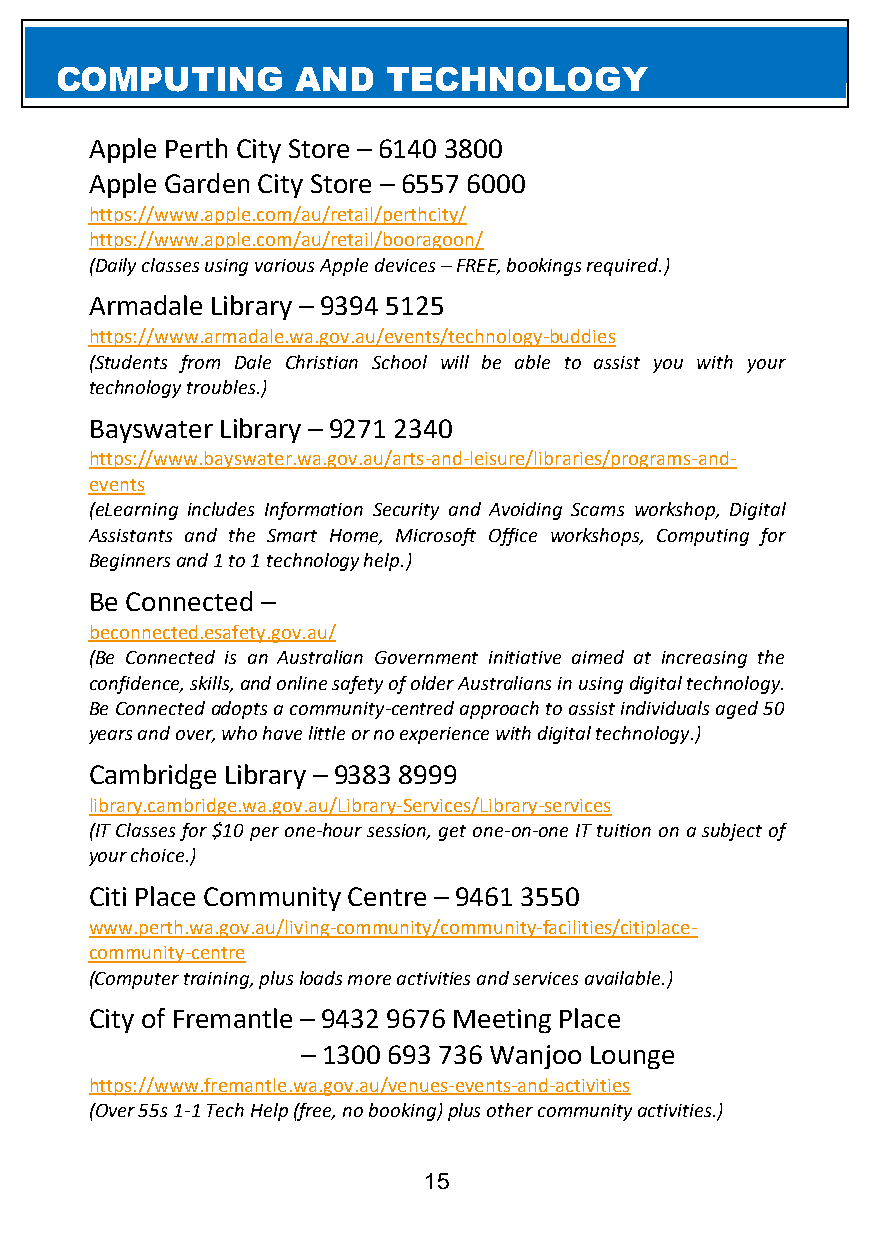
COMPUTING       AND   TECHNOLOGY
 OMApPplUe PTeIrNth GCit yA SNtoDre –T 6E14C0H 38N00O LOGY
 Apple Garden City Store – 6557 6000
 https://www.apple.com/au/retail/perthcity/
 https://www.apple.com/au/retail/booragoon/
 (Daily classes using various Apple devices – FREE, bookings required.)
 Armadale Library – 9394 5125
 https://www.armadale.wa.gov.au/events/technology-buddies
 (Students from Dale Christian School will be able to assist you with your
 technology troubles.)
 Bayswater Library – 9271 2340
 https://www.bayswater.wa.gov.au/arts-and-leisure/libraries/programs-and-
 events
 (eLearning includes Information Security and Avoiding Scams workshop, Digital
 Assistants and the Smart Home, Microsoft Office workshops, Computing for
 Beginners and 1 to 1 technology help.)
 Be Connected –
 beconnected.esafety.gov.au/
 (Be Connected is an Australian Government initiative aimed at increasing the
 confidence, skills, and online safety of older Australians in using digital technology.
 Be Connected adopts a community-centred approach to assist individuals aged 50
 years and over, who have little or no experience with digital technology.)
 Cambridge Library – 9383 8999
 library.cambridge.wa.gov.au/Library-Services/Library-services
 (IT Classes for $10 per one-hour session, get one-on-one IT tuition on a subject of
 your choice.)
 Citi Place Community Centre – 9461 3550
 www.perth.wa.gov.au/living-community/community-facilities/citiplace-
 community-centre
 (Computer training, plus loads more activities and services available.)
 City of Fremantle – 9432 9676 Meeting Place
 – 1300 693 736 Wanjoo Lounge
 https://www.fremantle.wa.gov.au/venues-events-and-activities
 (Over 55s 1-1 Tech Help (free, no booking) plus other community activities.)
 15